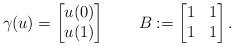
LaTeX: \begin{align*} \gamma(u)= \begin{bmatrix} u(0)\\u(1) \end{bmatrix} \qquad B:= \begin{bmatrix} 1 & 1 \\ 1 & 1 \end{bmatrix}.\end{align*}